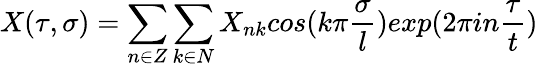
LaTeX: X(\tau,\sigma)=\sum_{n\in Z}\sum_{k\in N}X_{nk}cos(k\pi\frac{\sigma}{l})exp(2\pi in\frac{\tau}{t})